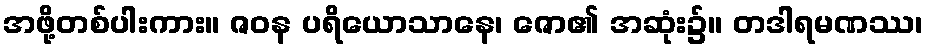
အဖို့တစ်ပါးကား။ ဇဝန ပရိယောသာနေ၊ ဇော၏ အဆုံး၌။ တဒါရမဏဿ၊